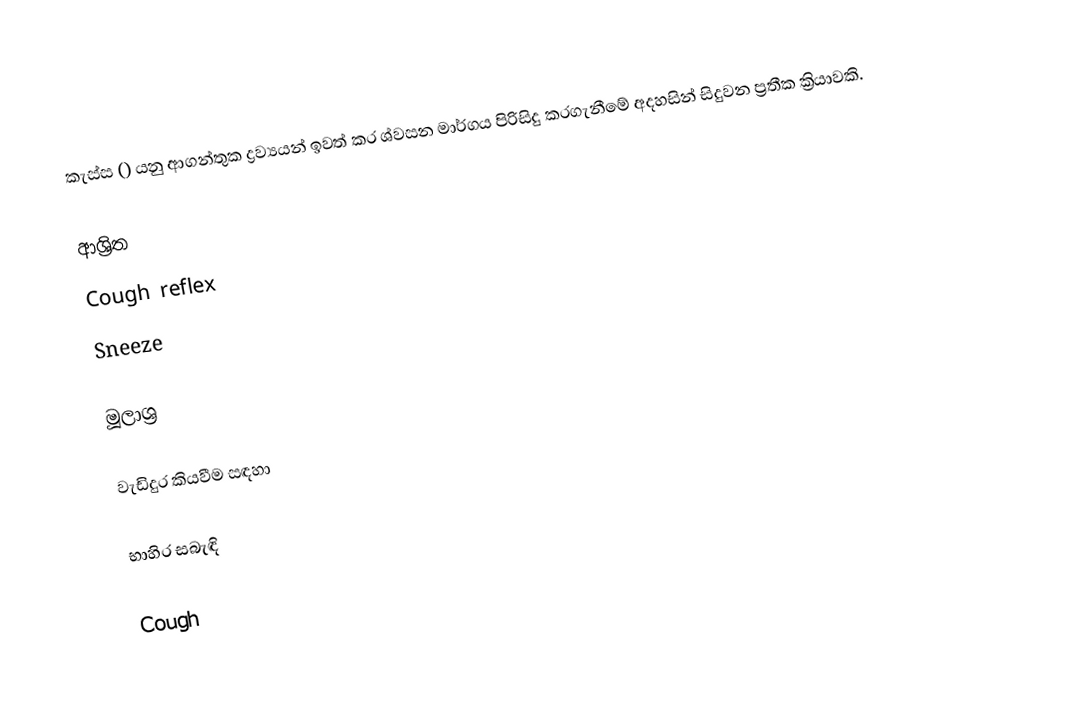
කැස්ස () යනු ආගන්තුක ද්‍රව්‍යයන් ඉවත් කර ශ්වසන මාර්ගය පිරිසිදු කරගැනීමේ අදහසින් සිදුවන ප්‍රතීක ක්‍රියාවකි.

ආශ්‍රිත
 Cough reflex
 Sneeze

මූලාශ්‍ර

වැඩිදුර කියවීම සඳහා

භාහිර සබැඳි

Cough